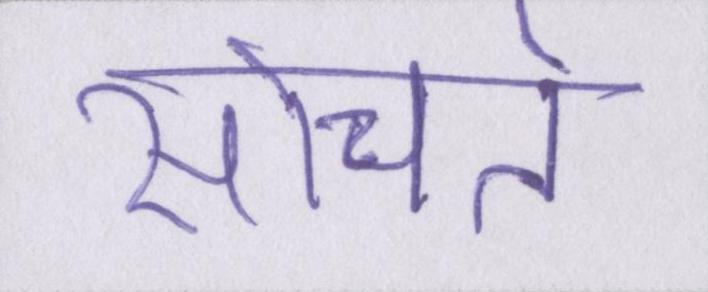
सोचते